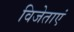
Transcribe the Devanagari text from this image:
विजेताएं